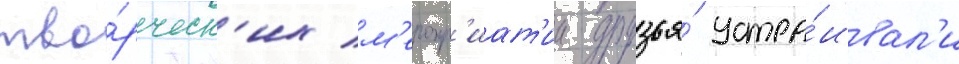
тво́рческ'их м'еропр'иат'ии друзья́ устра́ивал'и